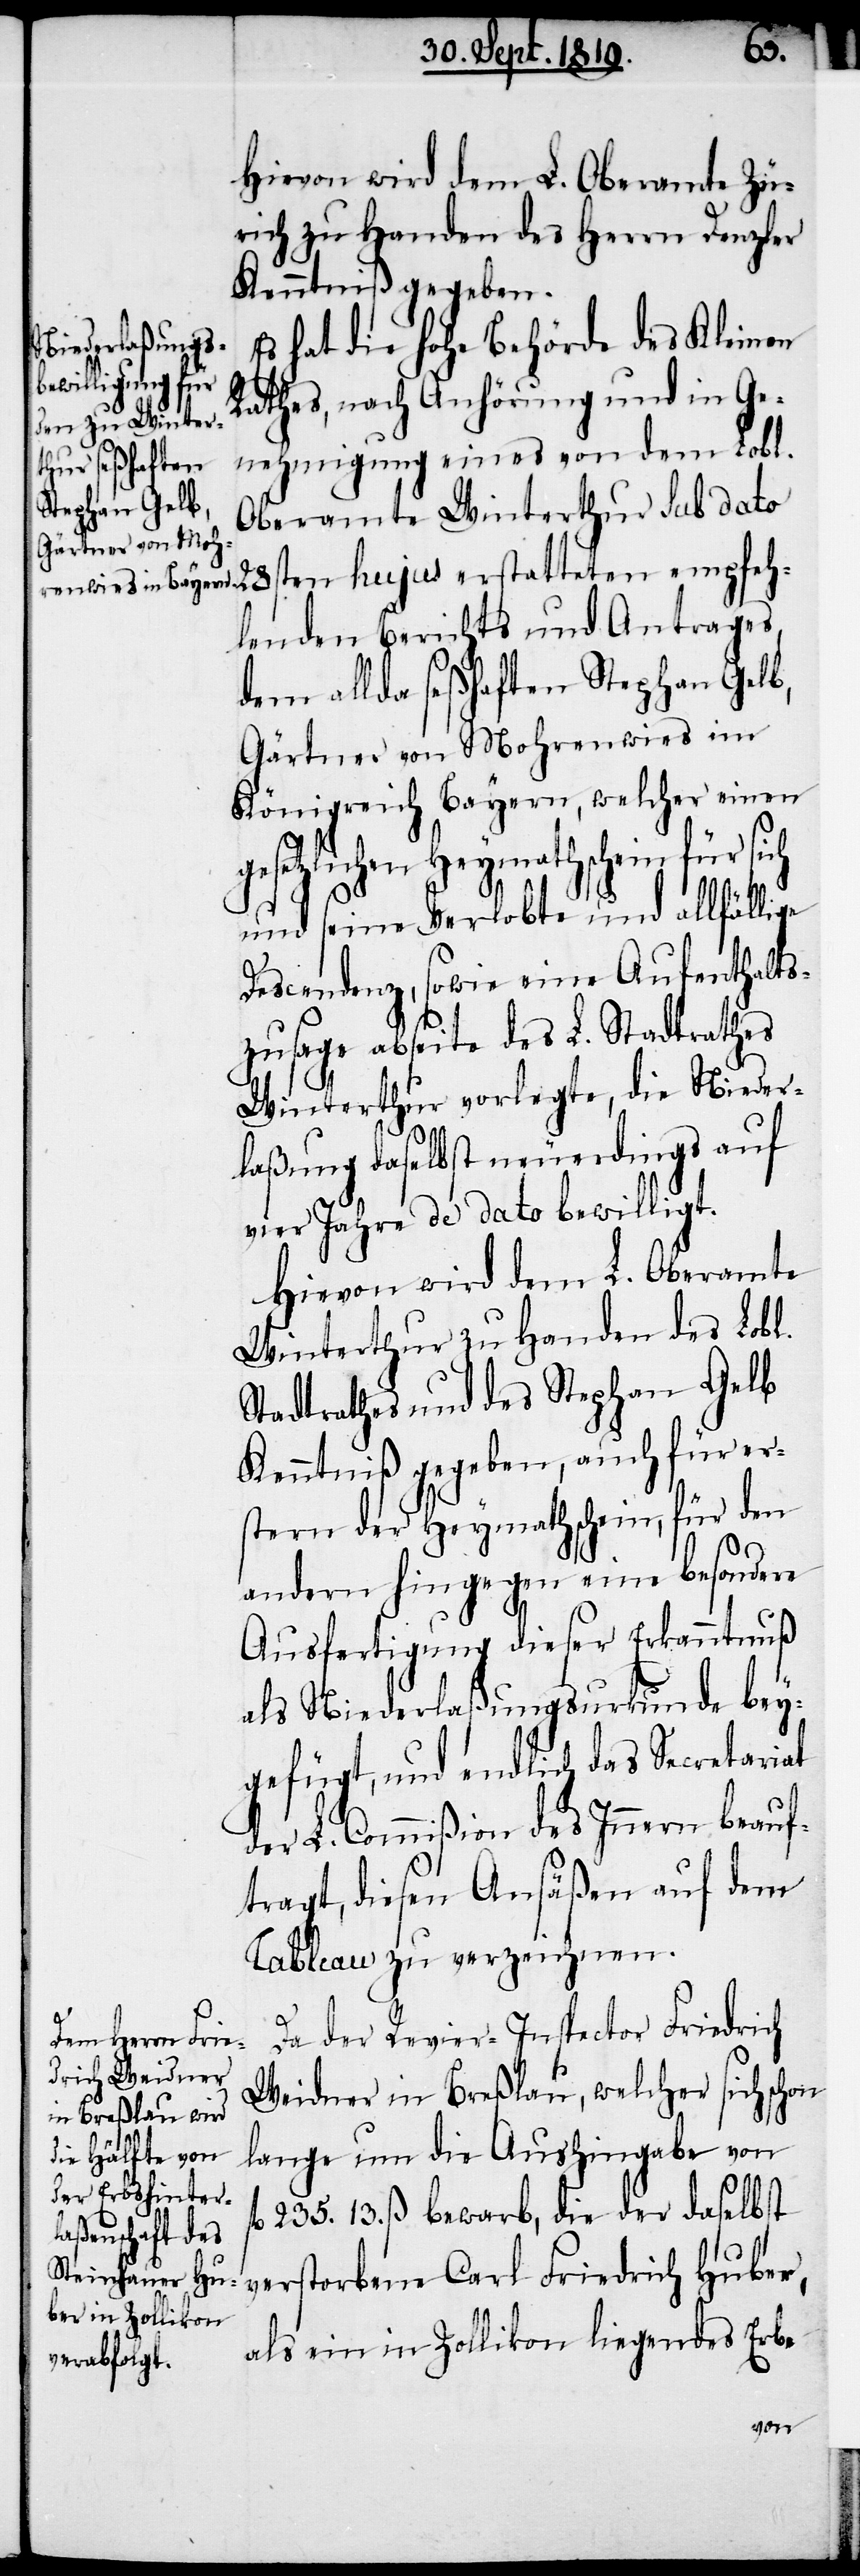
Hievon wird dem L. Oberamte Zü¬
rich zu Handen des Herrn Denzler
Kenntniß gegeben.
Es hat die hohe Behörde des Kleinen
Rathes, nach Anhörung und in Ge¬
nehmigung eines von dem Lobl.
Oberamte Winterthur sub dato
lenden Berichts und Antrages,
dem allda seßhaften Stephan Gelb,
Gärtner von Mohrenwies im
Königreich Bayern, welcher einen
setzlichen Heymathschein für sich
fl.
und seine Verlobte und allfällige
Descendenz, sowie eine Aufenthalts¬
zusage abseite des L. Stadtrathes
Winterthur vorlegte, die Nieder¬
laßung daselbst neuerdings auf
vier Jahre de dato bewilligt.
Hievon wird dem L. Oberamte
Winterthur zu Handen des Lobl.
Stadtrathes und des Stephan Gelb
Kenntniß gegeben, auch für er¬
stern der Heymathschein, für den
andern hingegen eine besondere
Ausfertigung dieser Erkanntnuß
als Niederlaßungsurkunde bey¬
gefügt, und endlich das Secretariat
der L. Commißion des Innern beauf¬
tragt, diesen Ansäßen auf dem
Tableau zu verzeichnen.
Da der Revier-Inspector Friedrich
Weidner in Breßlau, welcher sich schon
lange um die Aushingabe von
235. 13. ß bewarb, die der daselbst
verstorbene Carl Friedrich Huber,
als ein in Zollikon liegendes Erbe